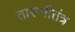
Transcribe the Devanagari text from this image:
तारणीतंत्र